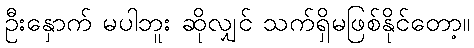
ဦးနှောက် မပါဘူး ဆိုလျှင် သက်ရှိမဖြစ်နိုင်တော့။